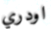
اودري